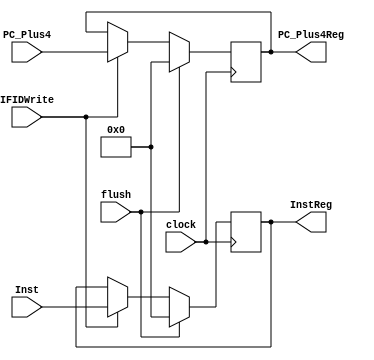
module IFID(flush,clock,IFIDWrite,PC_Plus4,Inst,InstReg,PC_Plus4Reg); 
    input [31:0] PC_Plus4,Inst; 
    input clock,IFIDWrite,flush; 
    output [31:0] InstReg, PC_Plus4Reg; 
     
    reg [31:0] InstReg, PC_Plus4Reg; 
     
    initial begin 
        InstReg = 0; 
        PC_Plus4Reg = 0; 
    end 
     
    always@(posedge clock) 
    begin 
        if(flush) 
        begin 
           InstReg <= 0; 
           PC_Plus4Reg <=0; 
        end 
        else if(IFIDWrite) 
        begin 
           InstReg <= Inst; 
           PC_Plus4Reg <= PC_Plus4; 
        end 
    end 
 
endmodule 


module IDEX(clock,WB,M,EX,DataA,DataB,imm_value,RegRs,RegRt,RegRd,WBreg,Mreg,EXreg,DataAreg, 
DataBreg,imm_valuereg,RegRsreg,RegRtreg,RegRdreg); 
    input clock; 
    input [1:0] WB; 
    input [2:0] M; 
    input [3:0] EX; 
    input [4:0] RegRs,RegRt,RegRd; 
    input [31:0] DataA,DataB,imm_value; 
    output [1:0] WBreg; 
    output [2:0] Mreg; 
    output [3:0] EXreg; 
    output [4:0] RegRsreg,RegRtreg,RegRdreg; 
    output [31:0] DataAreg,DataBreg,imm_valuereg; 
     
 
    reg [1:0] WBreg; 
    reg [2:0] Mreg; 
    reg [3:0] EXreg; 
    reg [31:0] DataAreg,DataBreg,imm_valuereg; 
    reg [4:0] RegRsreg,RegRtreg,RegRdreg; 
     
    initial begin 
        WBreg = 0;
        
        Mreg = 0; 
        EXreg = 0; 
        DataAreg = 0; 
        DataBreg = 0; 
        imm_valuereg = 0; 
        RegRsreg = 0; 
        RegRtreg = 0; 
        RegRdreg = 0; 
    end 
     
    always@(posedge clock) 
    begin 
        WBreg <= WB; 
        Mreg <= M; 
        EXreg <= EX; 
        DataAreg <= DataA; 
        DataBreg <= DataB; 
        imm_valuereg <= imm_value; 
        RegRsreg <= RegRs; 
        RegRtreg <= RegRt; 
        RegRdreg <= RegRd; 
            end 
     
endmodule 


module EXMEM(clock,WB,M,ALUOut,RegRD,WriteDataIn,Mreg,WBreg,ALUreg,RegRDreg,WriteDataOut); 
   input clock; 
   input [1:0] WB; 
   input [2:0] M; 
   input [4:0] RegRD; 
   input [31:0] ALUOut,WriteDataIn; 
   output [1:0] WBreg; 
   output [2:0] Mreg; 
   output [31:0] ALUreg,WriteDataOut; 
   output [4:0] RegRDreg; 
 
   reg [1:0] WBreg; 
   reg [2:0] Mreg; 
   reg [31:0] ALUreg,WriteDataOut; 
   reg [4:0] RegRDreg; 
    
   initial begin 
      WBreg=0; 
      Mreg=0; 
      ALUreg=0; 
      WriteDataOut=0; 
      RegRDreg=0; 
   end 
   
       always@(posedge clock) 
    begin 
        WBreg <= WB; 
        Mreg <= M; 
        ALUreg <= ALUOut; 
        RegRDreg <= RegRD; 
        WriteDataOut <= WriteDataIn; 
    end 
 
endmodule


module MEMWB(clock,WB,Memout,ALUOut,RegRD,WBreg,Memreg,ALUreg,RegRDreg); 
   input clock; 
   input [1:0] WB; 
   input [4:0] RegRD; 
   input [31:0] Memout,ALUOut; 
   output [1:0] WBreg; 
   output [31:0] Memreg,ALUreg; 
   output [4:0] RegRDreg; 
 
   reg [1:0] WBreg; 
   reg [31:0] Memreg,ALUreg; 
   reg [4:0] RegRDreg; 
    
   initial begin 
      WBreg = 0; 
      Memreg = 0; 
      ALUreg = 0; 
      RegRDreg = 0; 
        
   end 
    
    always@(posedge clock) 
    begin 
        WBreg <= WB; 
        Memreg <= Memout; 
        ALUreg <= ALUOut; 
        RegRDreg <= RegRD; 
    end 
    
endmodule 



module ForwardUnit(MEMRegRd,WBRegRd,EXRegRs,EXRegRt, MEM_RegWrite, WB_RegWrite, ForwardA, ForwardB); 
   input[4:0] MEMRegRd,WBRegRd,EXRegRs,EXRegRt;  
   input MEM_RegWrite, WB_RegWrite; 
   output[1:0] ForwardA, ForwardB; 
 
   reg[1:0] ForwardA, ForwardB; 
    
   //Forward A 
   always@(MEM_RegWrite or MEMRegRd or EXRegRs or WB_RegWrite or WBRegRd) 
   begin 
      if((MEM_RegWrite)&&(MEMRegRd != 0)&&(MEMRegRd == EXRegRs)) 
         ForwardA = 2'b10; 
      else if((WB_RegWrite)&&(WBRegRd != 0)&&(WBRegRd == EXRegRs)&&(MEMRegRd != EXRegRs) ) 
         ForwardA = 2'b01; 
      else 
         ForwardA = 2'b00; 
   end 
 
   //Forward B 
   always@(WB_RegWrite or WBRegRd or EXRegRt or MEMRegRd or MEM_RegWrite) 
   begin 
      if((WB_RegWrite)&&(WBRegRd != 0)&&(WBRegRd == EXRegRt)&&(MEMRegRd != EXRegRt) ) 
         ForwardB = 2'b01; 
      else if((MEM_RegWrite)&&(MEMRegRd != 0)&&(MEMRegRd == EXRegRt)) 
         ForwardB = 2'b10; 
      else  
         ForwardB = 2'b00; 
   end 
 
endmodule 

module HazardUnit(IDRegRs,IDRegRt,EXRegRt,EXMemRead,PCWrite,IFIDWrite,HazMuxCon); 
    input [4:0] IDRegRs,IDRegRt,EXRegRt; 
    input EXMemRead; 
    output PCWrite, IFIDWrite, HazMuxCon; 
     
    reg PCWrite, IFIDWrite, HazMuxCon; 
     
    always@(IDRegRs,IDRegRt,EXRegRt,EXMemRead) 
    if(EXMemRead&((EXRegRt == IDRegRs)|(EXRegRt == IDRegRt))) 
       begin//stall 
           PCWrite = 0; 
           IFIDWrite = 0; 
           HazMuxCon = 1; 
       end 
    else 
       begin//no stall 
           PCWrite = 1; 
           IFIDWrite = 1; 
           HazMuxCon = 1; 
     
       end 
 
endmodule